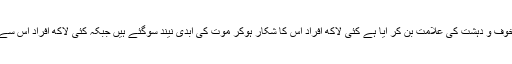
کرونا وائرس دنیا بھر میں خوف و دہشت کی علامت بن کر آیا ہے کئی لاکھ افراد اس کا شکار ہوکر موت کی ابدی نیند سوگئے ہیں جبکہ کئی لاکھ افراد اس سے بقاء کی جنگ لڑ رہے ہیں۔